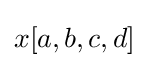
x[a,b,c,d]